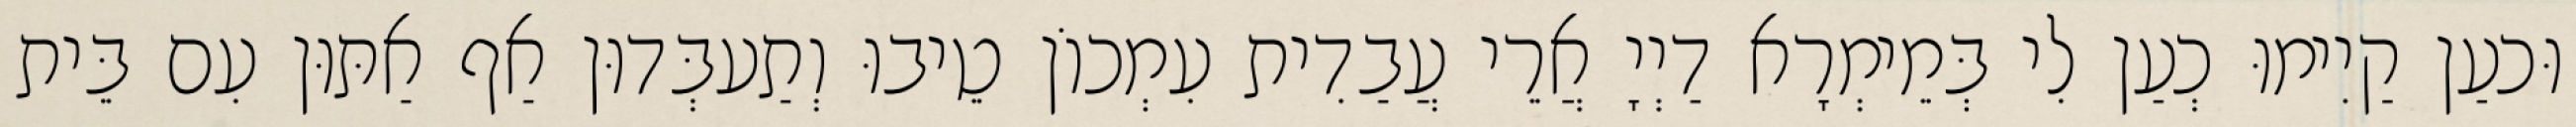
וּכעַן קַיִימוּ כְעַן לִי בְּמֵימְרָא דַיְיָ אֲרֵי עֲבַדִית עִמְכוֹן טֵיבוּ וְתַעבְּדוּן אַף אַתּוּן עִם בֵּית